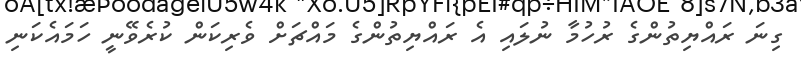
ގިނަ ރައްޔިތުންގެ ރުހުމާ ނުލައި އެ ރައްޔިތުންގެ މައްޗަށް ވެރިކަން ކުރެވޭނީ ހަމައެކަނި